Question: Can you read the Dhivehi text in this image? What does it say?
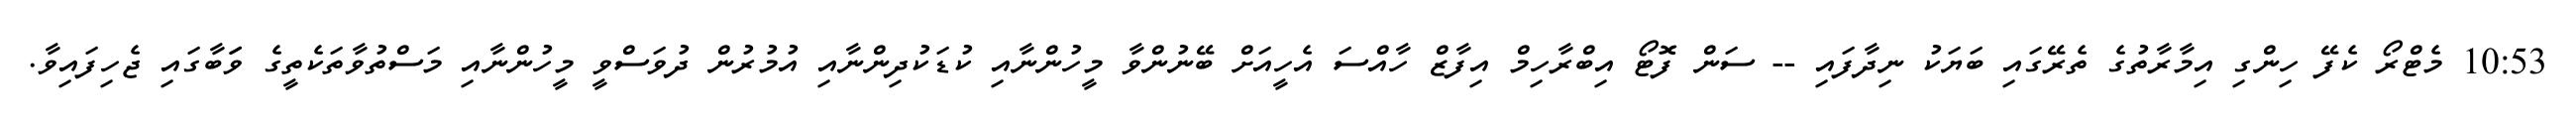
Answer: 10:53 މެޓްރޯ ކެފޭ ހިންގި އިމާރާތުގެ ތެރޭގައި ބަޔަކު ނިދާފައި -- ސަން ފޮޓޯ އިބްރާހިމް އިފާޒް ހާއްސަ އެހީއަށް ބޭނުންވާ މީހުންނާއި ކުޑަކުދިންނާއި އުމުރުން ދުވަސްވީ މީހުންނާއި މަސްތުވާތަކެތީގެ ވަަބާގައި ޖެހިފައިވާ.